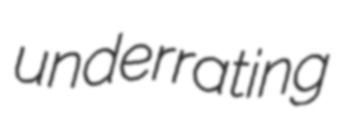
underrating